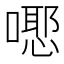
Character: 𭋃